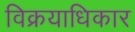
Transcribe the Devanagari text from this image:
विक्रयाधिकार